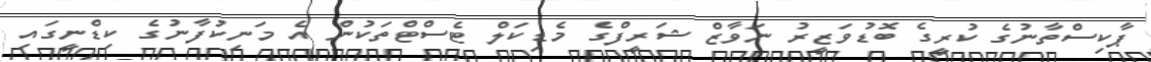
ޕާކިސްތާނުގެ ކުރީގެ ބޮޑުވަޒީރު ނަވާޒް ޝަރީފްގެ މެޑިކަލް ޓެސްޓްތަކުން އެ މަނިކުފާނުގެ ކިޑްނީގައި